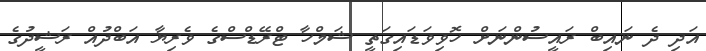
އަދި ދެ ނައިބް ރައީސުންނަށް ހޮވިވަޑައިގަތީ ޝަމްހާ ޓްރޭޑްސްގެ ވެރިޔާ އަބްދުއް ރަޝީދުގެ